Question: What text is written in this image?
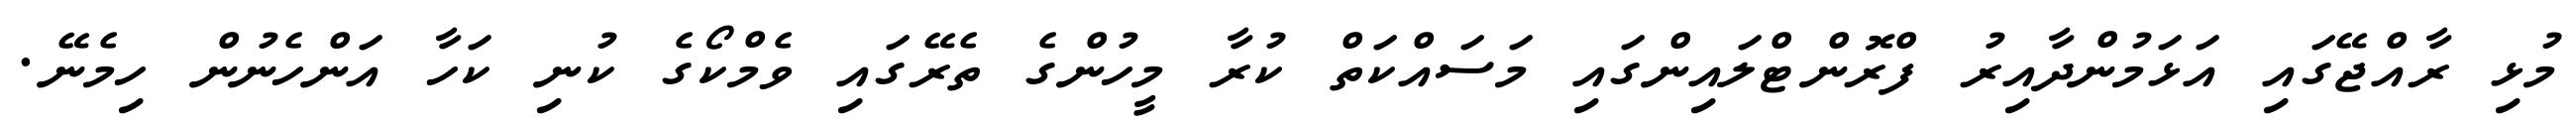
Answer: މުޅި ރާއްޖޭގައި އަޅަމުންދާއިރު ފްރޮންޓްލައިންގައި މަސައްކަތް ކުރާ މީހުންގެ ތެރޭގައި ވެމްކޯގެ ކުނި ކަހާ އަންހެނުން ހިމެނޭ.